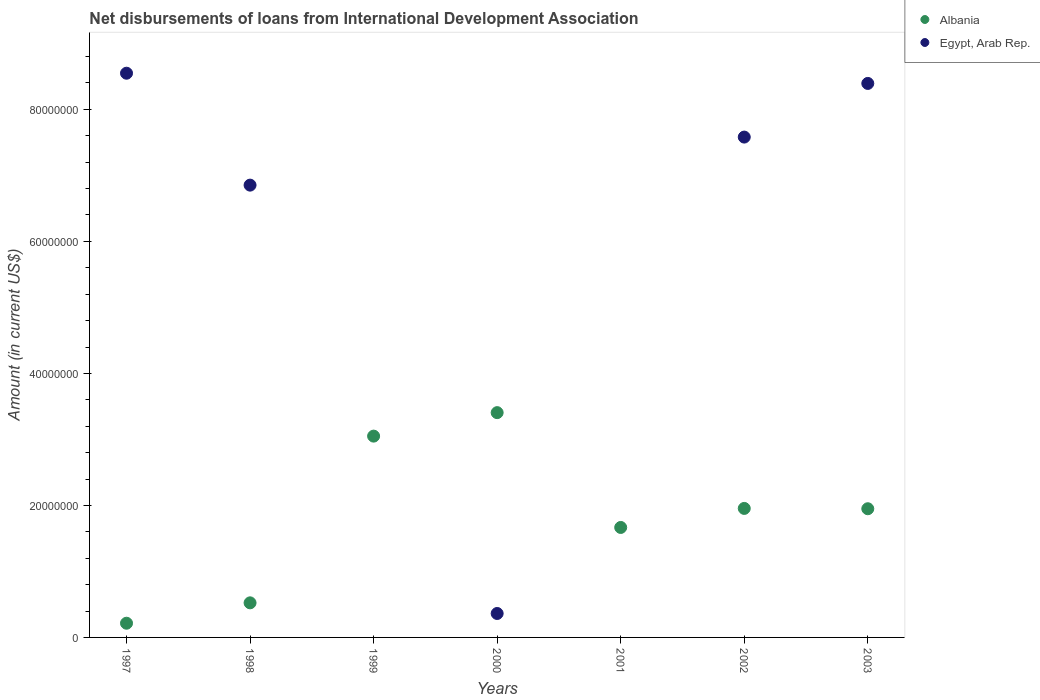
| Years | Albania | Egypt, Arab Rep. |
 | --- | --- | --- |
 | 1997 | 2.15e+06 | 8.55e+07 |
 | 1998 | 5.24e+06 | 6.85e+07 |
 | 1999 | 3.05e+07 | -3.22e+07 |
 | 2000 | 3.41e+07 | 3.63e+06 |
 | 2001 | 1.67e+07 | -3.86e+07 |
 | 2002 | 1.95e+07 | 7.58e+07 |
 | 2003 | 1.95e+07 | 8.39e+07 |